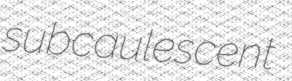
subcaulescent